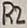
Text: R2